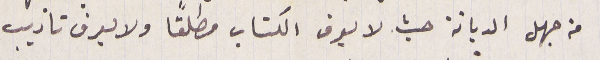
من جهل الديانة حيث لا يعرف الكتاب مطلقًا ولا يعرف تاديب